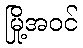
မြို့အဝင်